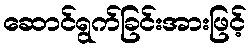
ဆောင်ရွက်ခြင်းအားဖြင့်